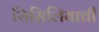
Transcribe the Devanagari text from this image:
सिसिलियाची